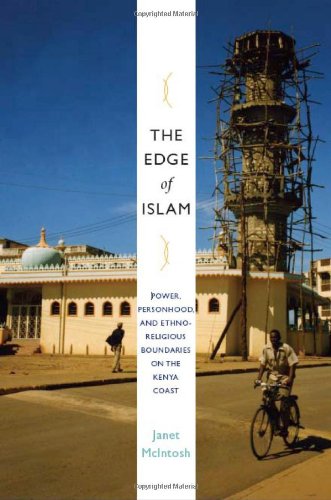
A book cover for The Edge of Islam: Power, Personhood, and Ethnoreligious Boundaries on the Kenya Coast; Janet McIntosh; History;